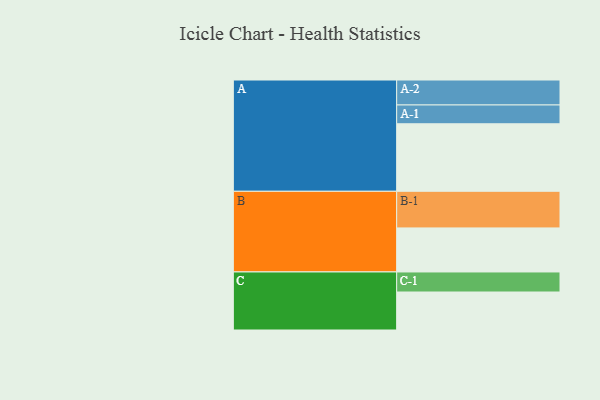
{"axis": {"x": "Segment", "y": "Value"}, "legend": ["", "A", "B", "C"], "data": [{"x": "A", "y": 549, "type": ""}, {"x": "B", "y": 358, "type": ""}, {"x": "C", "y": 309, "type": ""}, {"x": "A-1", "y": 153, "type": "A"}, {"x": "A-2", "y": 203, "type": "A"}, {"x": "B-1", "y": 298, "type": "B"}, {"x": "C-1", "y": 163, "type": "C"}]}